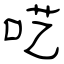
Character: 呓